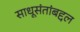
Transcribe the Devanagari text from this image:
साधूसंतांबद्दल